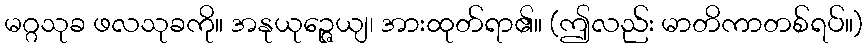
မဂ္ဂသုခ ဖလသုခကို။ အနုယုဉ္ဇေယျ၊ အားထုတ်ရာ၏။ (ဤလည်း မာတိကာတစ်ရပ်။)